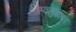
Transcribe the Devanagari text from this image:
स्वसुखावर